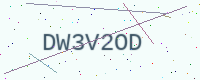
Text: DW3V2OD